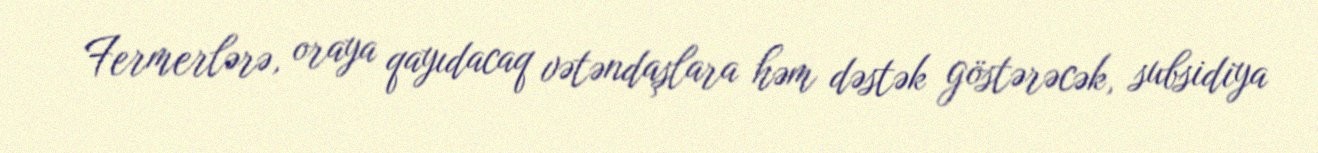
Fermerlərə, oraya qayıdacaq vətəndaşlara həm dəstək göstərəcək, subsidiya